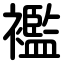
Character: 襤